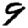
Digit: 9